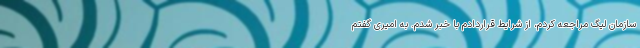
سازمان لیگ مراجعه کردم، از شرایط قراردادم با خبر شدم. به امیری گفتم